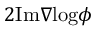
2 \mathrm { I m } \nabla \mathrm { l o g } \phi